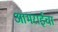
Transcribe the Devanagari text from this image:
आमराईचा